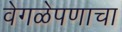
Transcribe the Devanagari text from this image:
वेगळेपणाचा